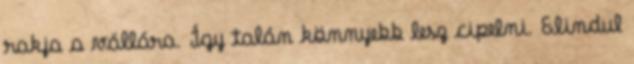
rakja a vállára. Így talán könnyebb lesz cipelni. Elindul